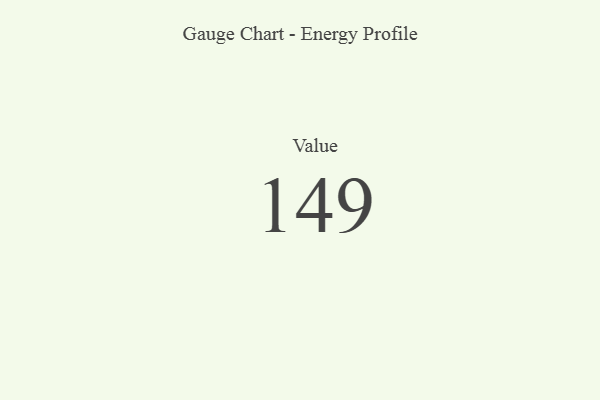
{"axis": {"x": "Metric", "y": "Value"}, "legend": [""], "data": [{"x": "Value", "y": 149, "type": ""}]}